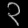
Digit: ၃